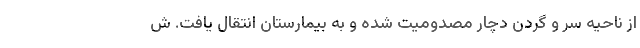
از ناحیه سر و گردن دچار مصدومیت شده و به بیمارستان انتقال یافت. ش